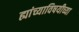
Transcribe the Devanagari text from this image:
ह्यांच्याविषयीच्या